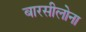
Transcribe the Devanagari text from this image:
बारसीलोना